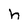
Character: h